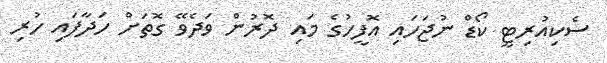
ސެކިއުރިޓީ ކޯޑް ނުޖަހައި އޮފީހުގެ މައި ދޮރުން ވަދެވޭ ގޮތަށް ހަދާފައި ހުރި